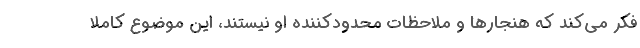
فکر می‌کند که هنجارها و ملاحظات محدودکننده او نیستند، این موضوع کاملا